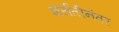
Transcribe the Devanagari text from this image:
शर्यतीनंतर